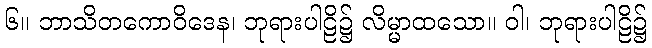
၆။ ဘာသိတကောဝိဒေန၊ ဘုရားပါဠိ၌ လိမ္မာထသော။ ဝါ၊ ဘုရားပါဠိ၌